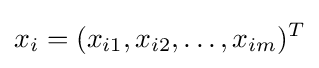
x_{i}=(x_{i1},x_{i2},\dots ,x_{im})^{T}